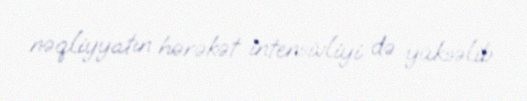
nəqliyyatın hərəkət intensivliyi də yüksəlib.